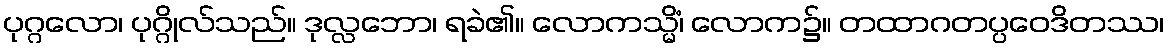
ပုဂ္ဂလော၊ ပုဂ္ဂိုလ်သည်။ ဒုလ္လဘော၊ ရခဲ၏။ လောကသ္မိံ၊ လောက၌။ တထာဂတပ္ပဝေဒိတဿ၊